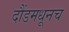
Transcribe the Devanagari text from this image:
दौंडमधूनच